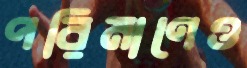
পরিমাণেও